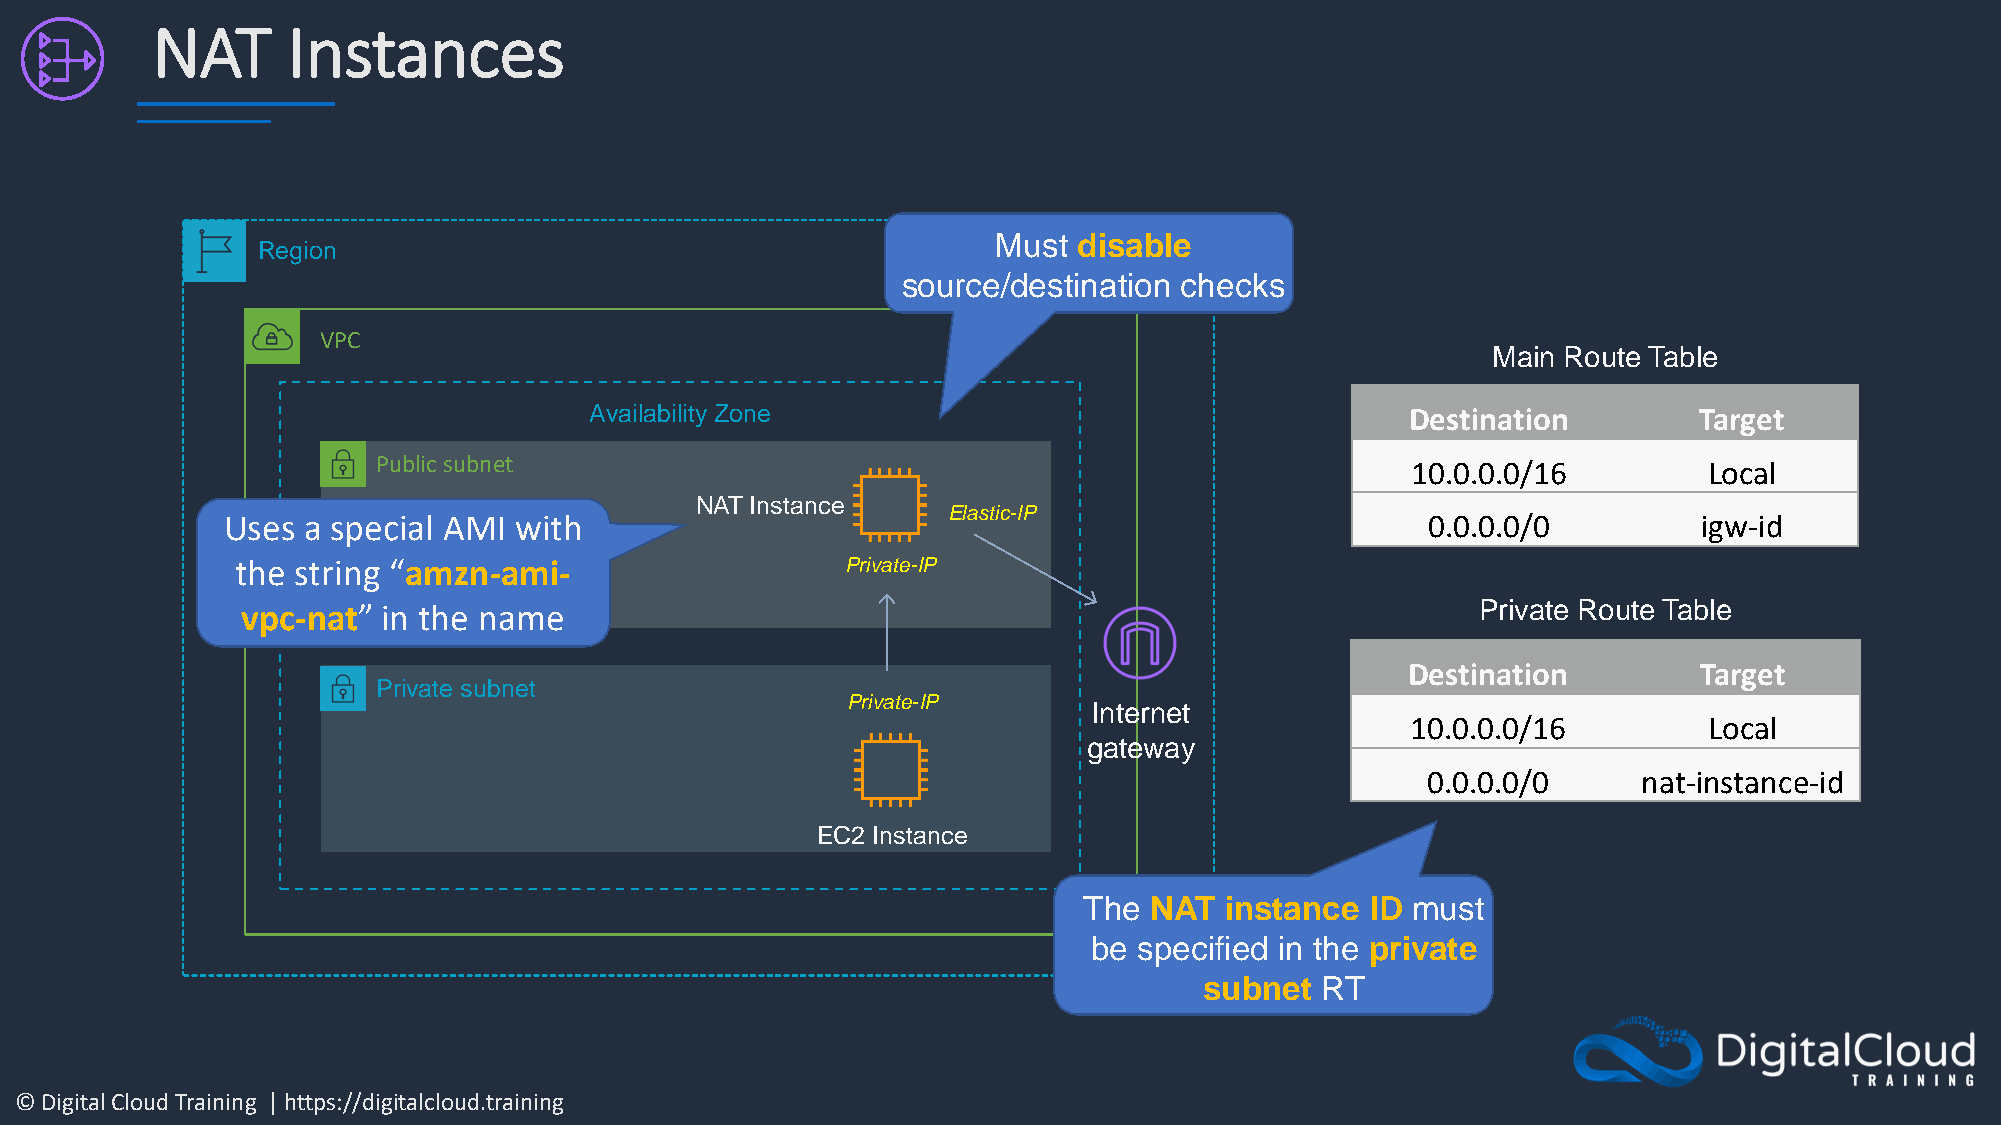
NAT      Instances
 Must disable
 Region
 source/destination checks
 VPC
 Main Route Table
 Availability Zone                                     Destination        Target
 Public subnet                                                       10.0.0.0/16         Local
 NAT Instance
 Elastic-IP
 Uses a special AMI with                                                        0.0.0.0/0          igw-id
 the string “amzn-ami-                   Private-IP
 vpc-nat” in the name                                                              Private Route Table
 Destination         Target
 Private subnet
 Private-IP
 Internet
 10.0.0.0/16         Local
 gateway
 0.0.0.0/0      nat-instance-id
 EC2 Instance
 The NAT  instance  ID must
 be specified in the private
 subnet RT
 © Digital Cloud Training | https://digitalcloud.training